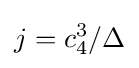
j=c_{4}^{3}/\Delta